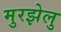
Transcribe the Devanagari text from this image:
मुरझेलु